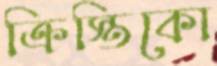
ক্রিস্তিকো